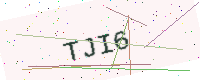
Text: TJI6